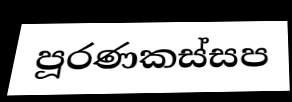
පූරණකස්සප